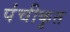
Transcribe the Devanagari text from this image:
पंचीकृत